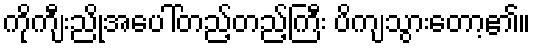
ကိုကျီးညိုအပေါ်တည့်တည့်ကြီး ပိကျသွားတော့၏။